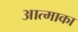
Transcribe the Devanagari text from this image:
आत्माका